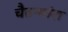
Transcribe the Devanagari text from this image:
चैतन्यांश